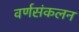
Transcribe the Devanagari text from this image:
वर्णसंकलन